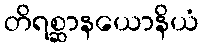
တိရစ္ဆာနယောနိယံ